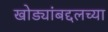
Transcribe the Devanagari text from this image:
खोड्यांबद्दलच्या